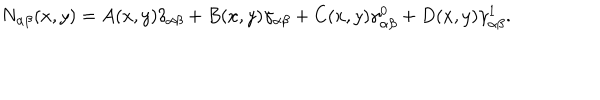
LaTeX: N _ { \alpha \beta } ( x , y ) = A ( x , y ) \delta _ { \alpha \beta } + B ( x , y ) \gamma _ { \alpha \beta } + C ( x , y ) \gamma _ { \alpha \beta } ^ { 0 } + D ( x , y ) \gamma _ { \alpha \beta } ^ { 1 } .